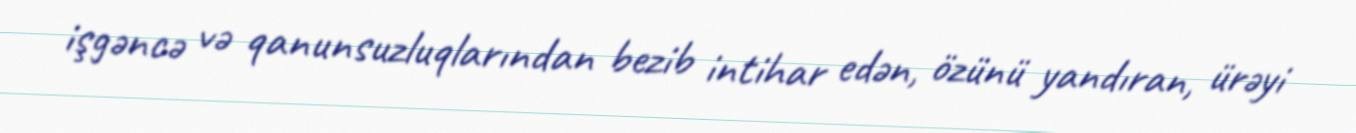
işgəncə və qanunsuzluqlarından bezib intihar edən, özünü yandıran, ürəyi